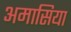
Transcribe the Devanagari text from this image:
अमासिया